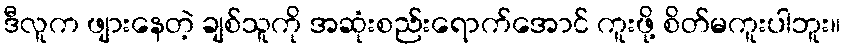
ဒီလူက ဖျားနေတဲ့ ချစ်သူကို အဆုံးစည်းရောက်အောင် ကူးဖို့ စိတ်မကူးပါဘူး။